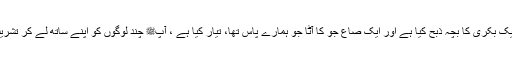
میں نے ایک بکری کا بچہ ذبح کیا ہے اور ایک صاع جَو کا آٹا جو ہمارے پاس تھا، تیار کیا ہے ، آپﷺ چند لوگوں کو اپنے ساتھ لے کر تشریف لائیے۔